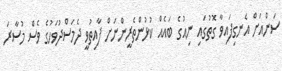
ސަންއަށް އެނގިފައިވާ ގޮތުގައި ނިއުގެ ބައެއް ކުޅުންތެރީންނަށް ފާއިތުވީ ދެމަސްދުވަހުގެ ވެސް މުސާރަ